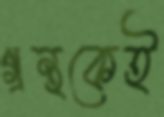
গ্রন্থকেই